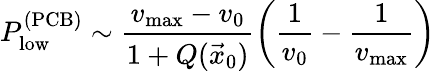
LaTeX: P_{\textrm{low}}^{(\textrm{PCB})}\sim\frac{v_{\textrm{max}}-v_{0}}{1+Q(\vec{x}_{0})}\left(\frac{1}{v_{0}}-\frac{1}{v_{\textrm{max}}}\right)